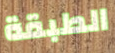
الطبقة